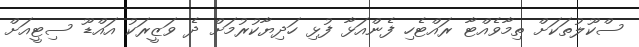
ސްކޫލުތަކަށް ތިމާވެއްޓާ ރައްޓެހި ފެންއަޅާ ފުޅި ހަދިޔާކުރުމަށް ދެ ވަޒީރަކު އައްޑޫ ސިޓީއަށް